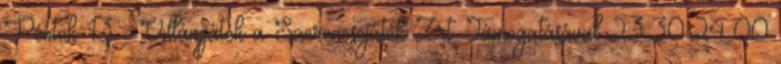
Péntek 13 - Villámjáték a Szerencsejáték Zrt. Támogatásával 23:30:24:00